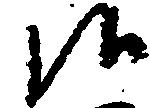
候